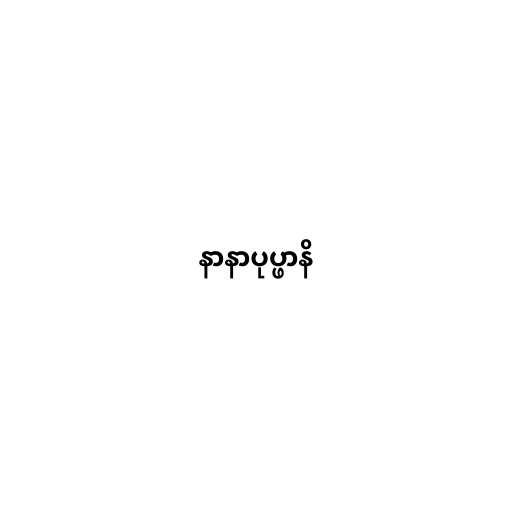
နာနာပုပ္ဖာနိ